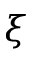
\xi